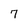
Character: 7